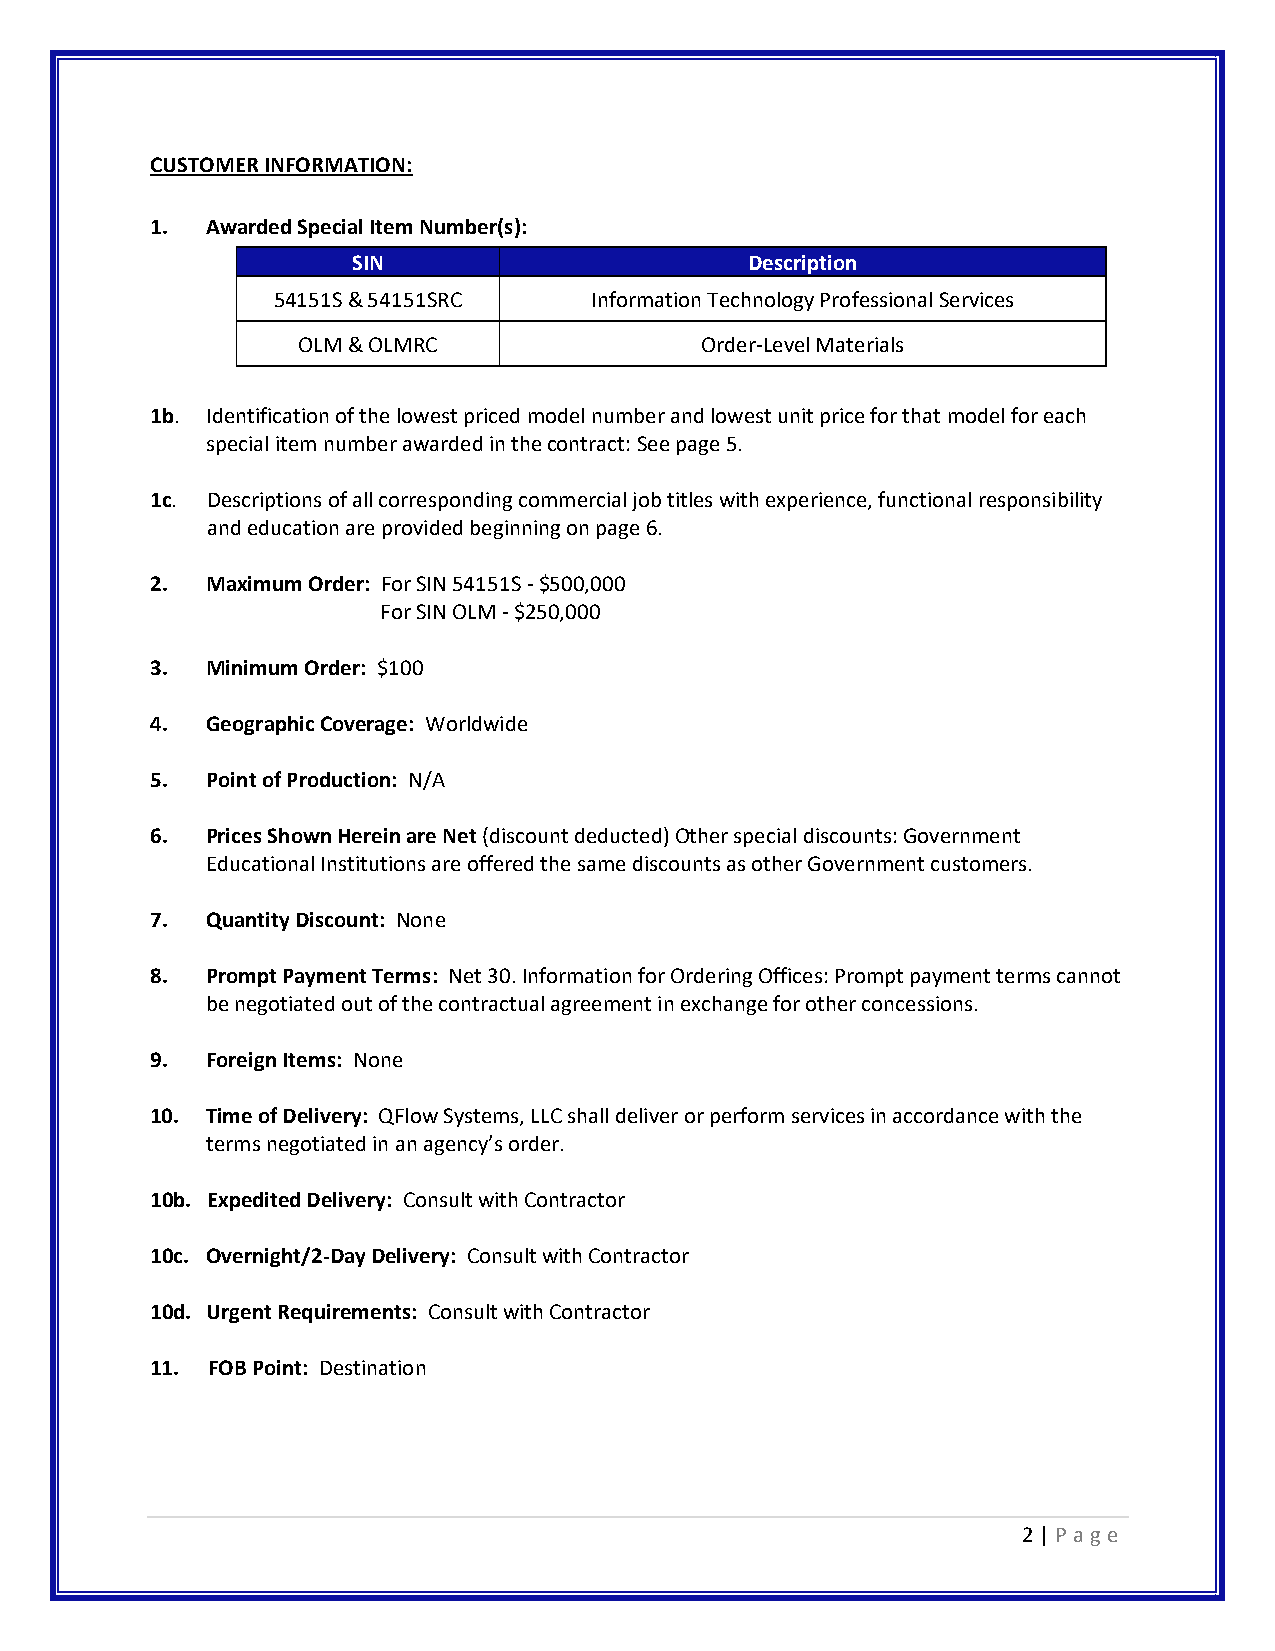
CUSTOMER INFORMATION:
 1.  Awarded Special Item Number(s):
 SIN                        Description
 54151S & 54151SRC    Information Technology Professional Services
 OLM & OLMRC               Order-Level Materials
 1b. Identification of the lowest priced model number and lowest unit price for that model for each
 special item number awarded in the contract: See page 5.
 1c. Descriptions of all corresponding commercial job titles with experience, functional responsibility
 and education are provided beginning on page 6.
 2.  Maximum Order: For SIN 54151S - $500,000
 For SIN OLM - $250,000
 3.  Minimum Order: $100
 4.  Geographic Coverage: Worldwide
 5.  Point of Production: N/A
 6.  Prices Shown Herein are Net (discount deducted) Other special discounts: Government
 Educational Institutions are offered the same discounts as other Government customers.
 7.  Quantity Discount: None
 8.  Prompt Payment Terms: Net 30. Information for Ordering Offices: Prompt payment terms cannot
 be negotiated out of the contractual agreement in exchange for other concessions.
 9.  Foreign Items: None
 10. Time of Delivery: QFlow Systems, LLC shall deliver or perform services in accordance with the
 terms negotiated in an agency’s order.
 10b. Expedited Delivery: Consult with Contractor
 10c. Overnight/2-Day Delivery: Consult with Contractor
 10d. Urgent Requirements: Consult with Contractor
 11. FOB Point: Destination
 2 | P a ge